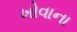
ખોવાના